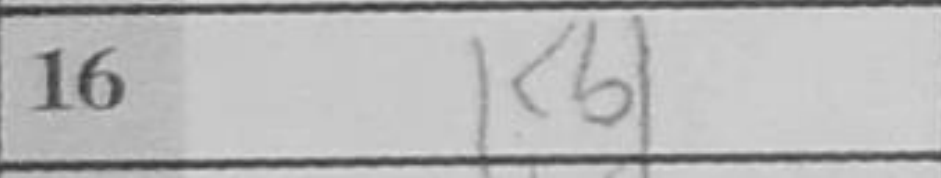
Transcription: Kb1